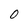
Character: 0